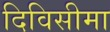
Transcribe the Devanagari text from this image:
दिविसीमा